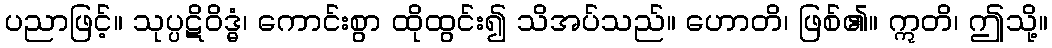
ပညာဖြင့်။ သုပ္ပဋိဝိဒ္ဓံ၊ ကောင်းစွာ ထိုထွင်း၍ သိအပ်သည်။ ဟောတိ၊ ဖြစ်၏။ ဣတိ၊ ဤသို့။